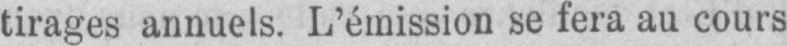
tirages annuels. L’émission se fera au cours